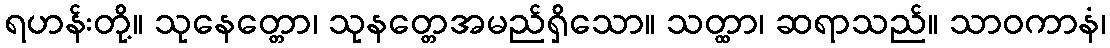
ရဟန်းတို့။ သုနေတ္တော၊ သုနတ္တေအမည်ရှိသော။ သတ္ထာ၊ ဆရာသည်။ သာဝကာနံ၊